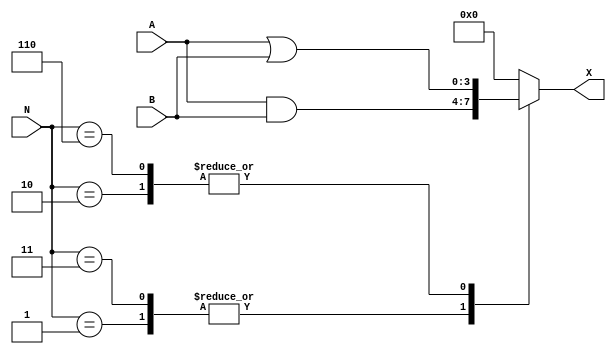
module case_two (N, A, B, X);
input [2:0] N;
input [3:0] A, B;
output [3:0] X;
reg [3:0] X;

always @ (N or A or B) begin
  case (N)
    1: X = A & B;
    3: X = A & B;
    2: X = A | B;
    6: X = A | B;
    default: X = 0;
  endcase

end

endmodule // case_two